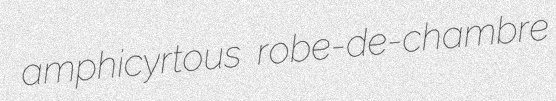
amphicyrtous robe-de-chambre